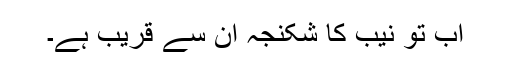
اب تو نیب کا شکنجہ ان سے قریب ہے۔